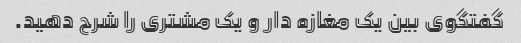
گفتگوی بین یک مغازه دار و یک مشتری را شرح دهید.